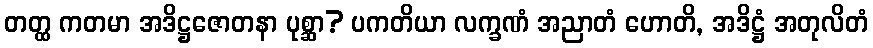
တတ္ထ ကတမာ အဒိဋ္ဌဇောတနာ ပုစ္ဆာ? ပကတိယာ လက္ခဏံ အညာတံ ဟောတိ, အဒိဋ္ဌံ အတုလိတံ